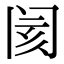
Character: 阂